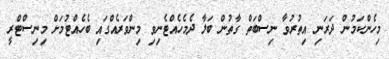
މިހެންކަމުން ދަރަނި އިތުރުވާ ނިސްބަތް ގާތުން ބަލާ ދެމެހެއްޓެނިވި މިންވަރެއްގައި ބެހެއްޓުމަށް މިނިސްޓްރީ